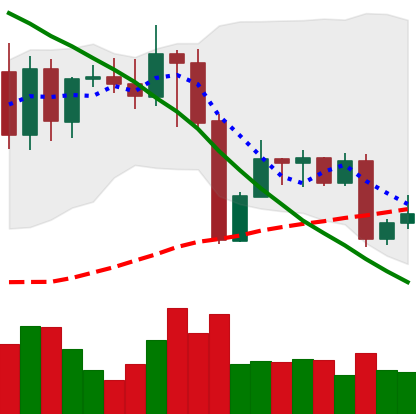
Ticker: XMR-USD
Chart end date: 2022-08-28
Forward return: 4.795%
Label: up_3_5